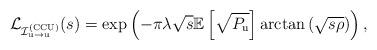
LaTeX: \begin{align*} \mathcal{L}_{\mathcal{I}^{({\rm CCU})}_{\rm u \rightarrow u}}(s) =\exp\left( - \pi \lambda \sqrt{s} \mathbb{E}\left[\sqrt{P_{\rm{u}}} \right] \arctan\left(\sqrt{s \rho}\right) \right),\end{align*}